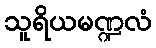
သူရိယမဏ္ဍလံ